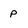
Character: p